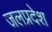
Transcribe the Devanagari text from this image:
जलप्रदेश